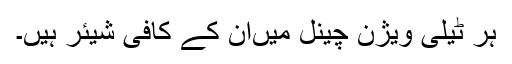
ہر ٹیلی ویژن چینل میںان کے کافی شیئر ہیں۔